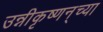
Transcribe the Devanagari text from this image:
उन्नीकृष्णन्‌च्या